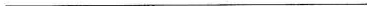
___